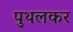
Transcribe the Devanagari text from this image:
पुथलकर